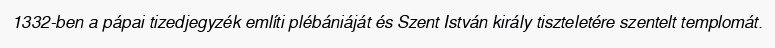
1332-ben a pápai tizedjegyzék említi plébániáját és Szent István király tiszteletére szentelt templomát.